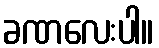
ခဏလေးပါ။